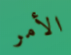
الأمر